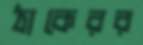
ঠাকেরর